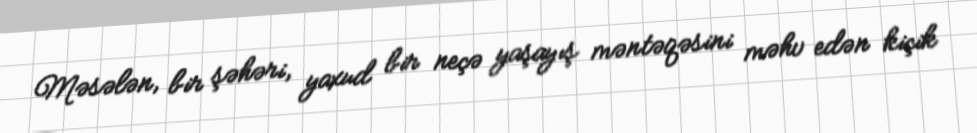
Məsələn, bir şəhəri, yaxud bir neçə yaşayış məntəqəsini məhv edən kiçik